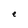
Character: e